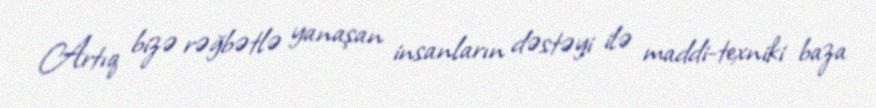
Artıq bizə rəğbətlə yanaşan insanların dəstəyi ilə maddi-texniki baza